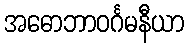
အဓောဘာဝင်္ဂမနီယာ